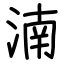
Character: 湳